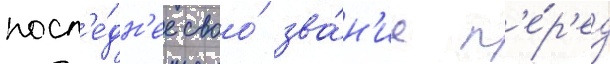
посл'е́дн'ее своо́ зва́н'ие п'е́р'ед